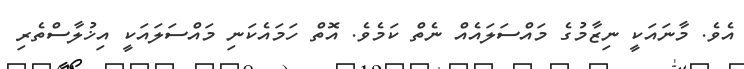
އެވެ. މާނައަކީ ނިޒާމުގެ މައްސަލައެއް ނެތް ކަމެވެ. އޮތް ހަމައެކަނި މައްސަލައަކީ އިޚުލާސްތެރި